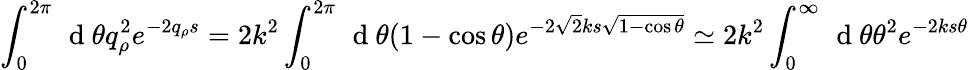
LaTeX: \int_{0}^{2\pi}\, \mathrm{~d~}\theta q_{\rho}^{2}e^{-2q_{\rho}s}=2k^{2}\int_{0}^{2\pi}\, \mathrm{~d~}\theta(1-\cos\theta)e^{-2\sqrt{2}ks\sqrt{1-\cos\theta}}\simeq 2k^{2}\int_{0}^{\infty}\, \mathrm{~d~}\theta\theta^{2}e^{-2ks\theta}